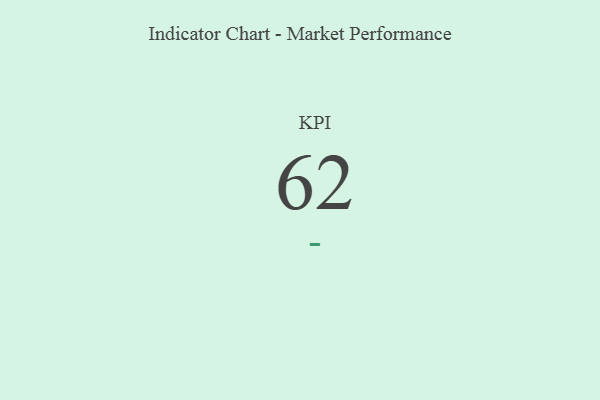
{"axis": {"x": "KPI", "y": "Value"}, "legend": [""], "data": [{"x": "KPI", "y": 62, "type": ""}]}